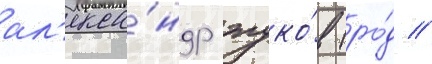
ал'екса́ндр жуко́в (ро́д //